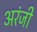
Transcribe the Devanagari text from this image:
अरंजी